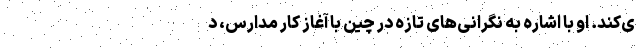
ی‌کند. او با اشاره به نگرانی‌های تازه در چین با آغاز کار مدارس، د